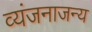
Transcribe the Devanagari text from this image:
व्यंजनाजन्य